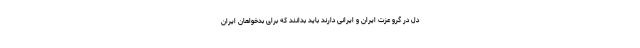
دل در گرو عزت ایران و ایرانی دارند باید بدانند که برای بدخواهان ایران